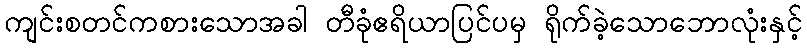
ကျင်းစတင်ကစားသောအခါ တီခုံဧရိယာပြင်ပမှ ရိုက်ခဲ့သောဘောလုံးနှင့်